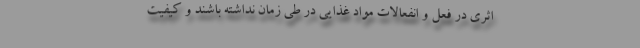
اثری در فعل و انفعالات مواد غذایی در طی زمان نداشته باشند و کیفیت